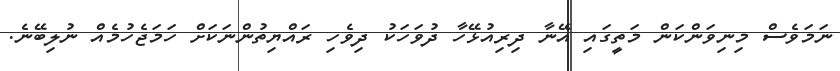
ނަމަވެސް މިނިވަންކަން މަތީގައި އޭނާ ދިރިއުޅޭހާ ދުވަހަކު ދިވެހި ރައްޔިތުންނަކަށް ހަމަޖެހުމެއް ނުލިބޭނެ.